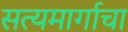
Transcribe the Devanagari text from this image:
सत्यमार्गाचा